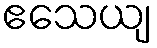
ဧသေယျ